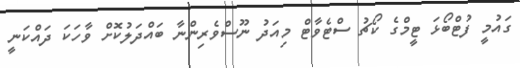
ގައުމީ ފުޓްބޯޅަ ޓީމްގެ ކޯޗު ސްޓެވާޓް މިއަދު ނޫސްވެރިންނާ ބައްދަލުކޮށް ވާހަކަ ދައްކަނީ